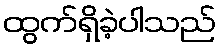
ထွက်ရှိခဲ့ပါသည်